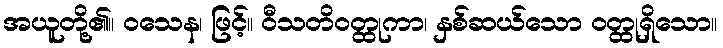
အယူတို့၏။ ဝသေန၊ ဖြင့်။ ဝီသတိဝတ္ထုကာ၊ နှစ်ဆယ်သော ဝတ္ထုရှိသော။